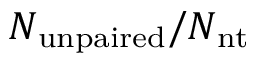
N _ { \mathrm { u n p a i r e d } } / N _ { \mathrm { n t } }